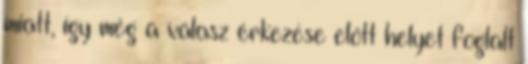
miatt, így még a válasz érkezése előtt helyet foglalt